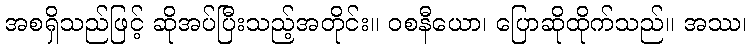
အစရှိသည်ဖြင့် ဆိုအပ်ပြီးသည့်အတိုင်း။ ဝစနီယော၊ ပြောဆိုထိုက်သည်။ အဿ၊